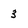
Character: 3